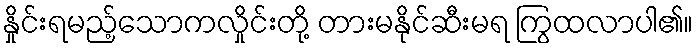
နှိုင်းရမည့်သောကလှိုင်းတို့ တားမနိုင်ဆီးမရ ကြွထလာပါ၏။